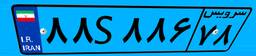
۸۸S۸۸۶۷۸